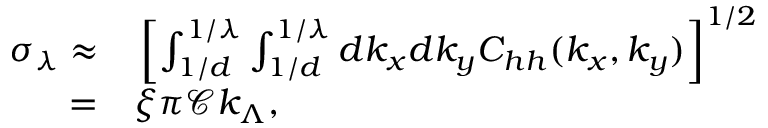
\begin{array} { r l } { \sigma _ { \lambda } \approx } & { { } \left[ \int _ { 1 / d } ^ { 1 / \lambda } \int _ { 1 / d } ^ { 1 / \lambda } d k _ { x } d k _ { y } C _ { h h } ( k _ { x } , k _ { y } ) \right] ^ { 1 / 2 } } \\ { = } & { { } \xi \pi \mathcal { C } k _ { \Lambda } , } \end{array}